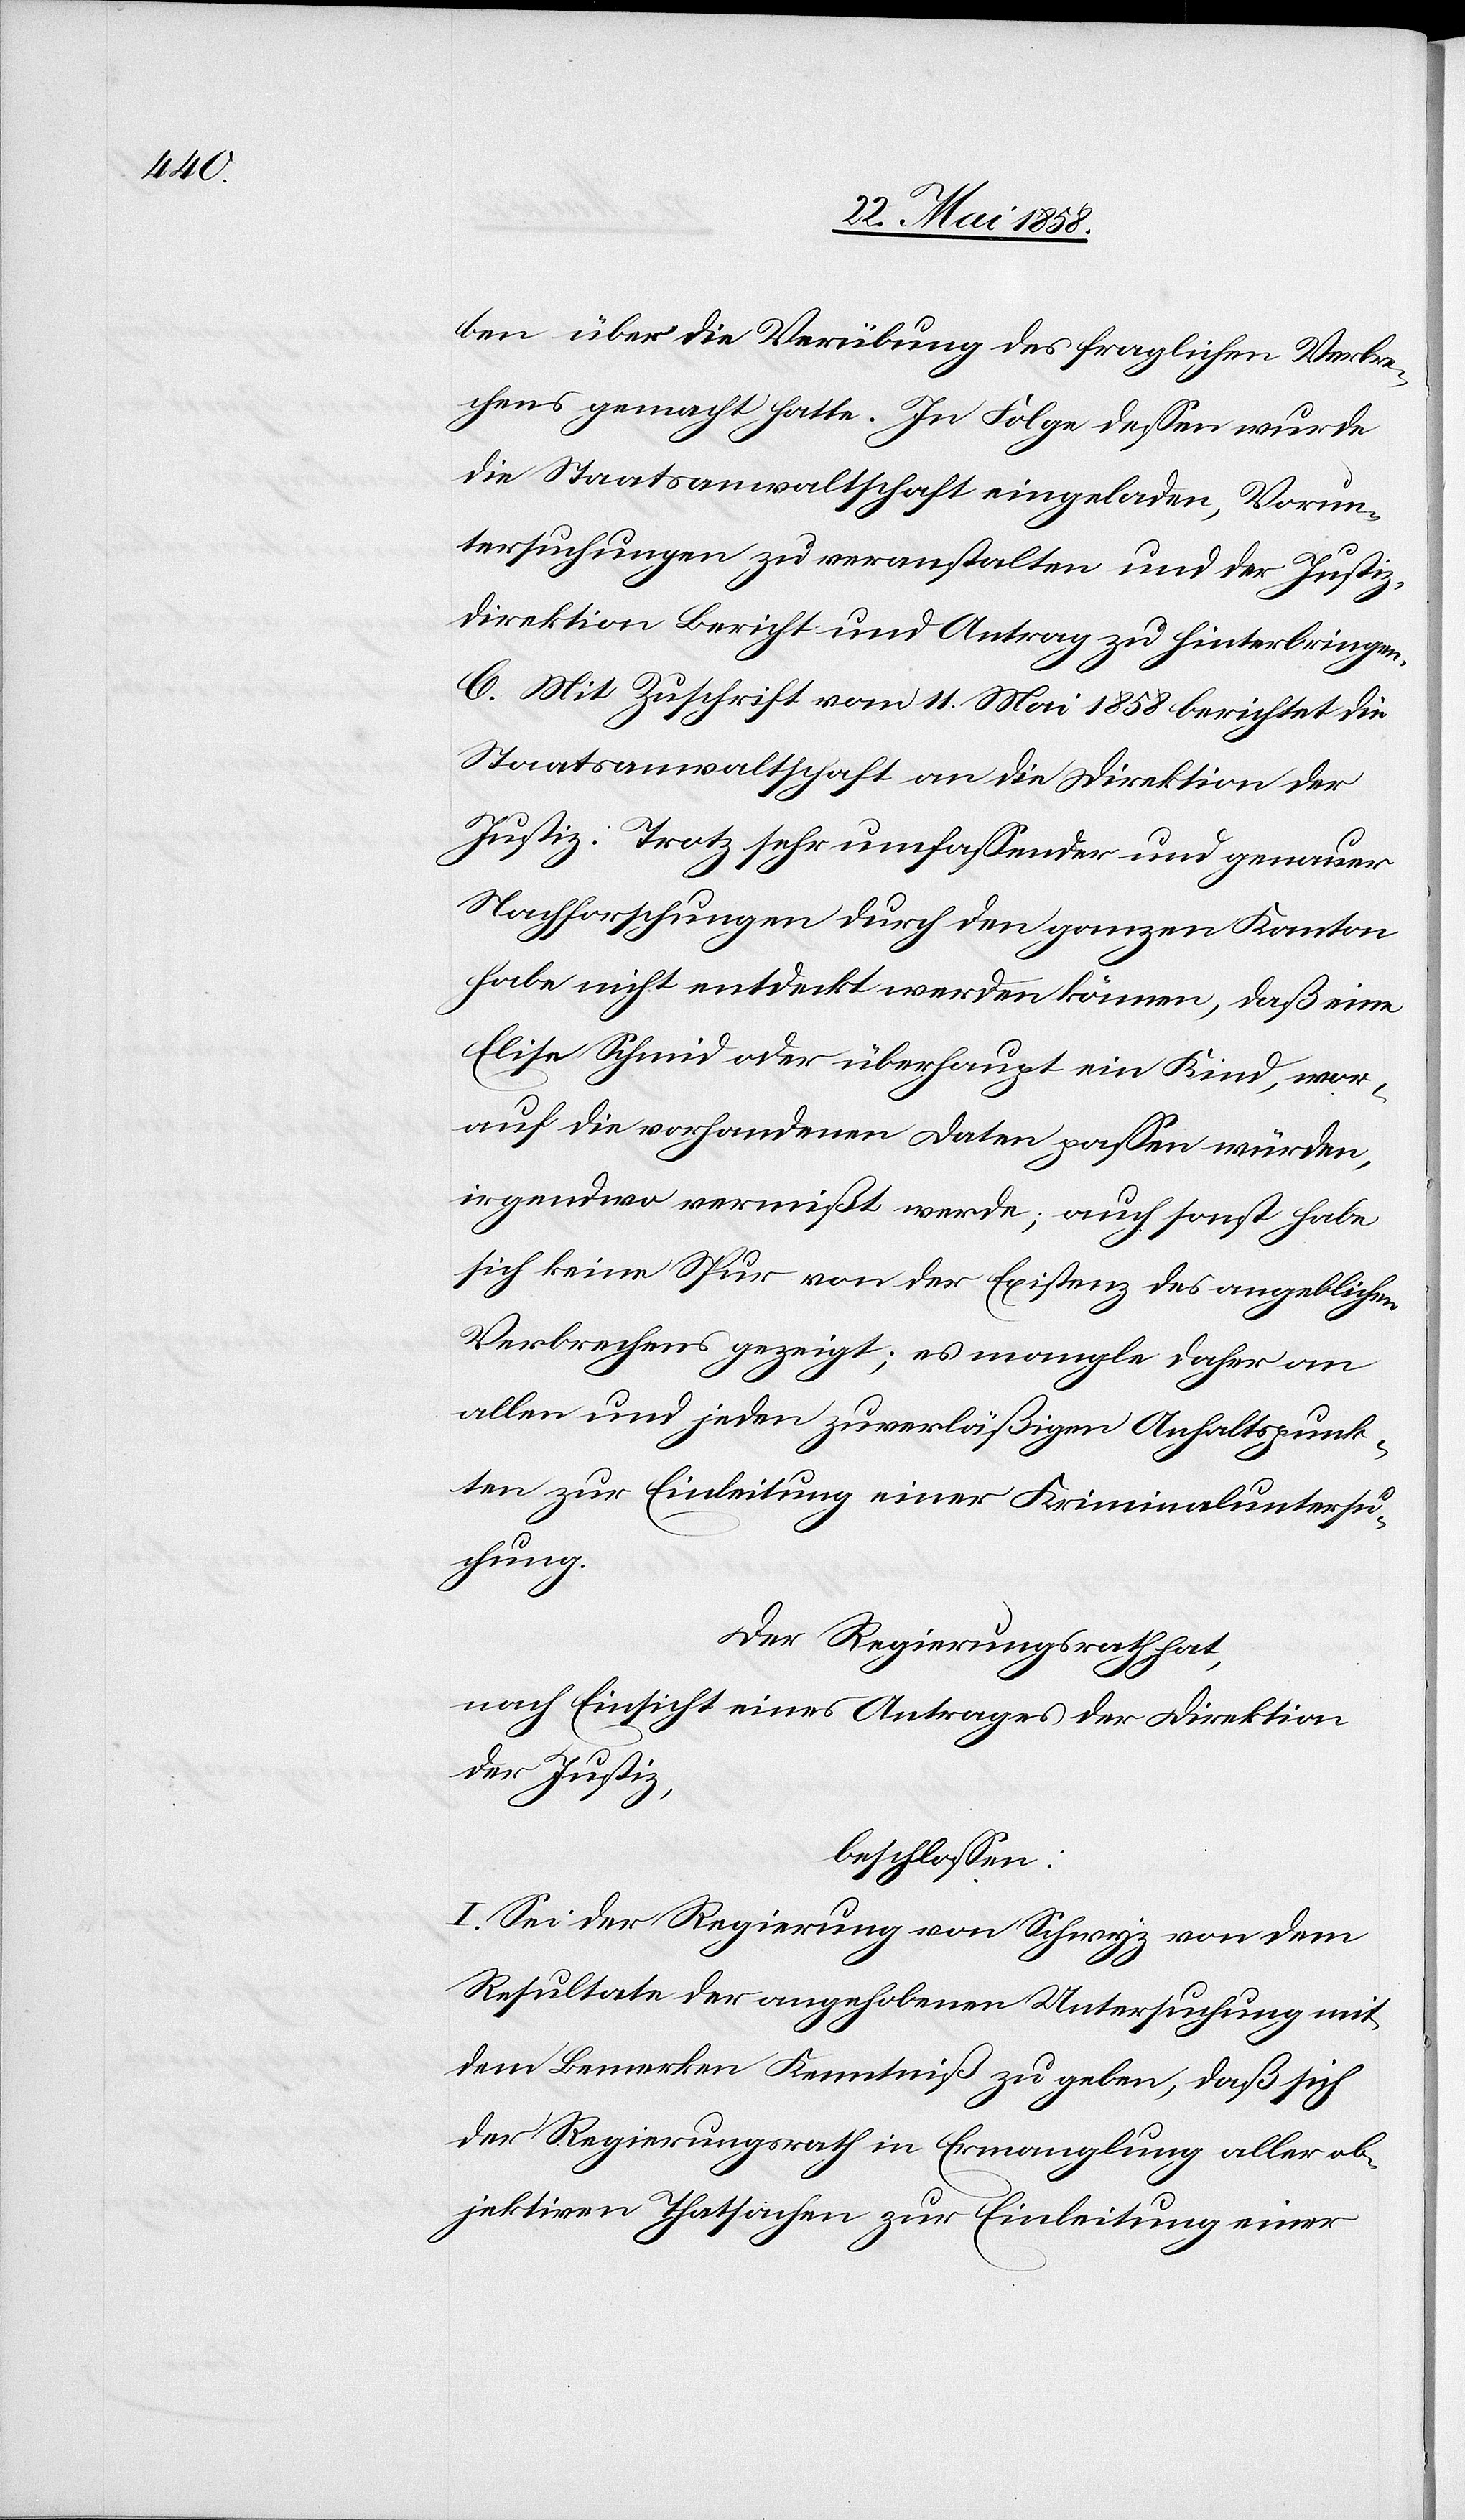
ben über die Verfügung des fraglichen Verbre¬
chens gemacht hatte. In Folge dessen wurde
die Staatsanwaltschaft eingeladen, Vorun¬
tersuchungen zu veranstalten und der Justiz¬
direktion Bericht und Antrag zu hinterbringen.
C. Mit Zuschrift vom 11. Mai 1858 berichtet die
Staatsanwaltschaft an die Direktion der
Justiz: Trotz sehr umfassender und genauer
Nachforschungen durch den ganzen Kanton
habe nicht entdeckt werden können, daß eine
Elise Schmid oder überhaupt ein Kind, wor¬
auf die vorhandenen Daten passen würden,
irgendwo vermißt werde; auch sonst habe
sich keine Spur von der Existenz des angeblichen
Verbrechens gezeigt; es mangle daher an
allen und jeden zuverläßigen Anhaltspunk¬
ten zur Einleitung einer Kriminaluntersu¬
chung.
Der Regierungsrath hat,
nach Einsicht eines Antrages der Direktion
der Justiz,
beschlossen:
I. Sei der Regierung von Schwyz von dem
Resultate der angehobenen Untersuchung mit
dem Bemerken Kenntniß zu geben, daß sich
der Regierungsrath in Ermanglung aller ob¬
jektiven Thatsachen zur Einleitung einer